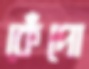
কেঁপো